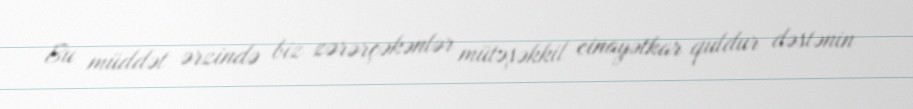
Bu müddət ərzində biz zərərçəkənlər mütəşəkkil cinayətkar quldur dəstənin